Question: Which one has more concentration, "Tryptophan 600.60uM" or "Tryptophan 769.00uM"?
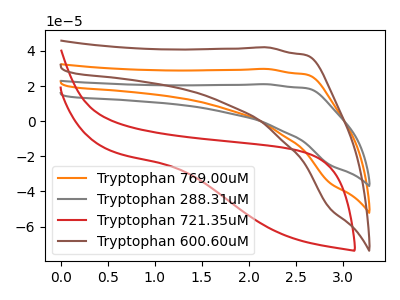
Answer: <think>The orange curve "Tryptophan 769.00uM" has no peaks. The gray curve "Tryptophan 288.31uM" has no peaks. The red curve "Tryptophan 721.35uM" has no peaks. The brown curve "Tryptophan 600.60uM" has no peaks.
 Neither "Tryptophan 600.60uM" or "Tryptophan 769.00uM" have any peaks.</think>
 <answer>I cant tell if "Tryptophan 600.60uM" or "Tryptophan 769.00uM" has higher concentration.</answer>
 <eval>mixed_concentration</eval>